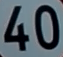
40